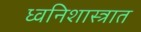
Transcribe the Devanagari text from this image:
ध्वनिशास्त्रात